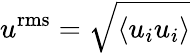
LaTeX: {{u}^{\mathrm{{rms}}}}=\sqrt{\left\langle{{u}_{i}}{{u}_{i}}\right\rangle}